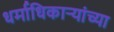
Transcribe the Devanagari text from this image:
धर्माधिकाऱ्यांच्या